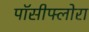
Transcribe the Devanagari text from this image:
पॉसीफ्लोरा